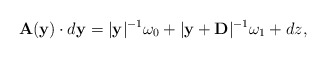
\begin{align*}{\bf A}({\bf y}) \cdot d{\bf y} = |{\bf y}|^{-1} \omega_0 + |{\bf y} + {\bf D}|^{-1} \omega_1 + dz,\end{align*}